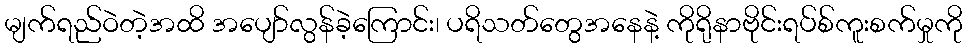
မျက်ရည်ဝဲတဲ့အထိ အပျော်လွန်ခဲ့ကြောင်း၊ ပရိသတ်တွေအနေနဲ့ ကိုရိုနာဗိုင်းရပ်စ်ကူးစက်မှုကို